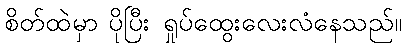
စိတ်ထဲမှာ ပိုပြီး ရှုပ်ထွေးလေးလံနေသည်။